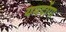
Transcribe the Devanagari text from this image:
यमदोंगा